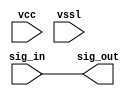
// This program was cloned from: https://github.com/intel/aib-phy-hardware
// License: Apache License 2.0

// SPDX-License-Identifier: Apache-2.0
// Copyright (C) 2019 Intel Corporation. All rights reserved
// Library - aibcr_lib, Cell - aibcr_signal_buf, View - schematic
// LAST TIME SAVED: May 13 16:16:28 2015
// NETLIST TIME: Jun  3 08:29:49 2015
// `timescale 1ns / 1ns 

module aibcr3_signal_buf ( sig_out, sig_in, vcc, vssl );

output  sig_out;

input  sig_in, vcc, vssl;

wire sig_out, sig_in;


// specify 
//     specparam CDS_LIBNAME  = "aibcr_lib";
//     specparam CDS_CELLNAME = "aibcr_signal_buf";
//     specparam CDS_VIEWNAME = "schematic";
// endspecify

assign sig_out = sig_in;

endmodule